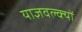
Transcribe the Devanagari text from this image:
याज्ञवल्क्यों